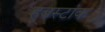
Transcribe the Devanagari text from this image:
हूबस्टांक